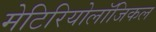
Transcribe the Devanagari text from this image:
मेटिरियोलॉजिकल